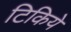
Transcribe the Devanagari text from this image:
टिकिये